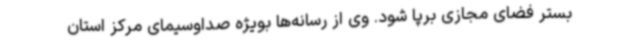
بستر فضای مجازی برپا شود. وی از رسانه‌ها بویژه صداوسیمای مرکز استان